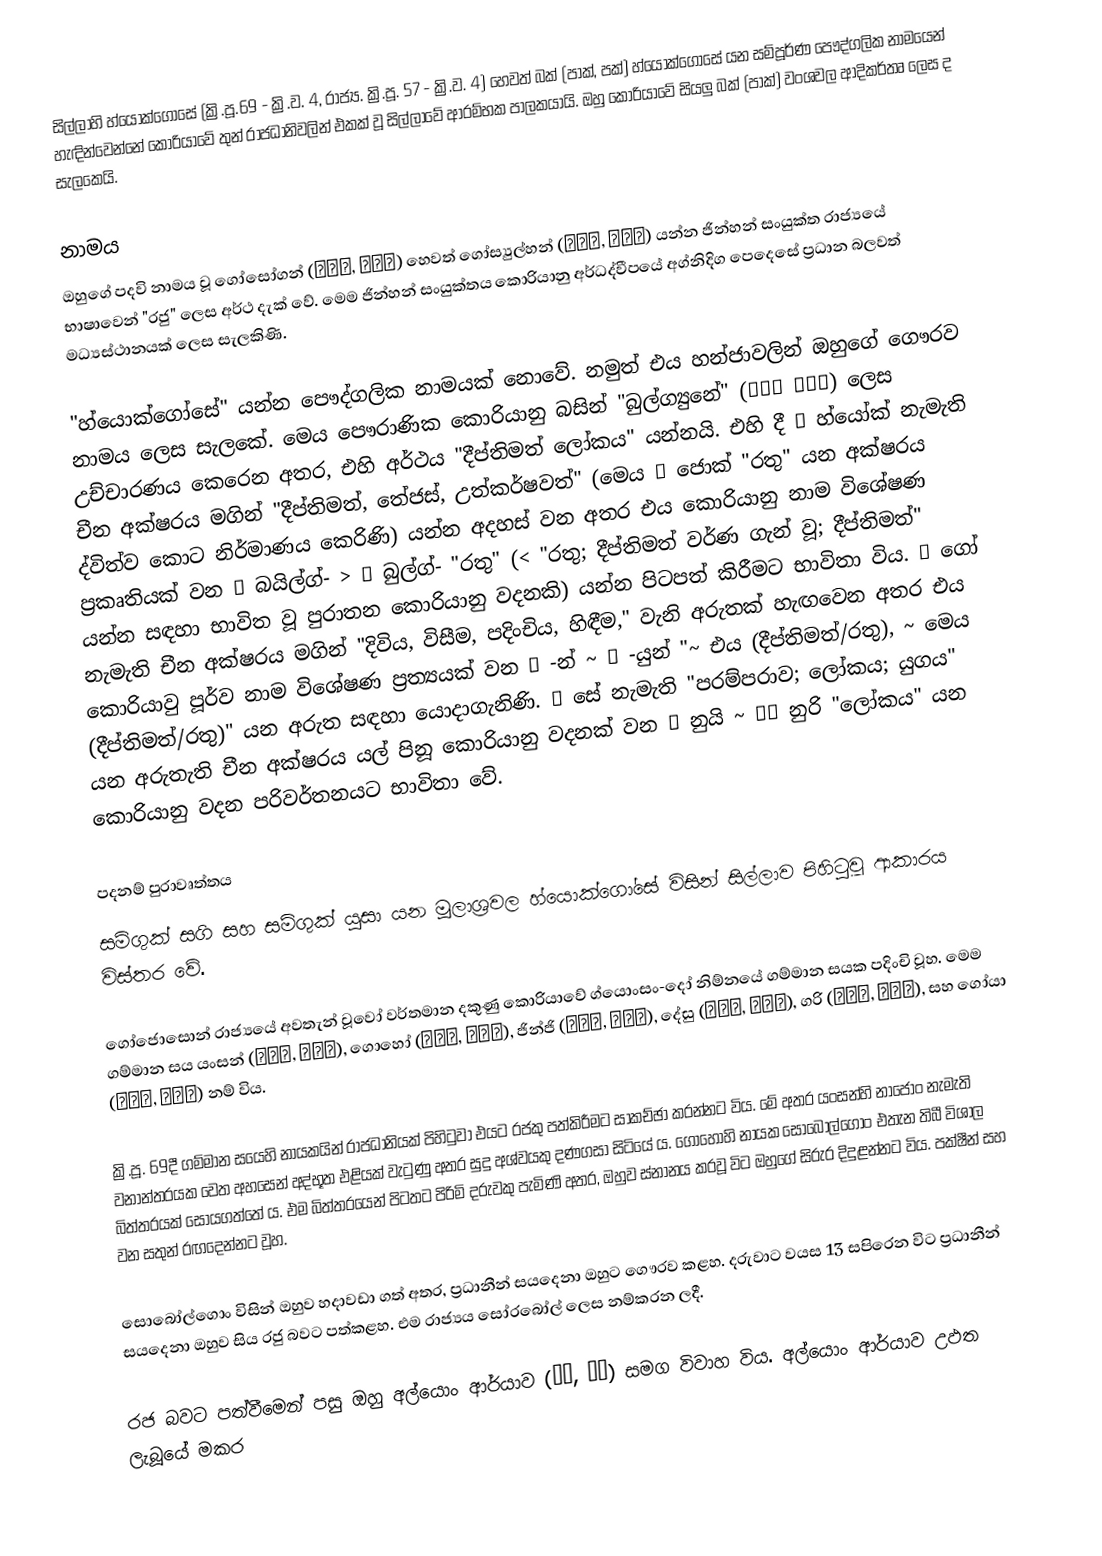
සිල්ලාහි හ්යොක්ගොසේ (ක්‍රි.පූ.69 - ක්‍රි.ව. 4, රාජ්‍ය. ක්‍රි.පූ. 57 - ක්‍රි.ව. 4) හෙවත් බක් (පාක්, පක්) හ්යෝක්ගොසේ යන සම්පූර්ණ පෞද්ගලික නාමයෙන් හැඳින්වෙන්නේ කොරියාවේ තුන් රාජධානිවලින් එකක් වූ සිල්ලාවේ ආරම්භක පාලකයායි. ඔහු කොරියාවේ සියලු බක් (පාක්) වංශවල ආදිකර්තෘ ලෙස ද සැලකෙයි.

නාමය
ඔහුගේ පදවි නාමය වූ ගෝසෝගන් (거서간, 居西干) හෙවත් ගෝස්‍යුල්හන් (거슬한, 居瑟邯) යන්න ජින්හන් සංයුක්ත රාජ්‍යයේ භාෂාවෙන් "රජු" ලෙස අර්ථ දැක් වේ. මෙම ජින්හන් සංයුක්තය කොරියානු අර්ධද්වීපයේ අග්නිදිග පෙදෙසේ ප්‍රධාන බලවත් මධ්‍යස්ථානයක් ලෙස සැලකිණි.

"හ්යොක්ගෝසේ" යන්න පෞද්ගලික නාමයක් නොවේ. නමුත් එය හන්ජාවලින් ඔහුගේ ගෞරව නාමය ලෙස සැලකේ. මෙය පෞරාණික කොරියානු බසින් "බුල්ග්‍යුනේ" (弗矩内 불그내) ලෙස උච්චාරණය කෙරෙන අතර, එහි අර්ථය "දීප්තිමත් ලෝකය" යන්නයි. එහි දී 赫 හ්යෝක් නැමැති චීන අක්ෂරය මගින් "දීප්තිමත්, තේජස්, උත්කර්ෂවත්" (මෙය 赤 ජොක් "රතු" යන අක්ෂරය ද්විත්ව කොට නිර්මාණය කෙරිණි) යන්න අදහස් වන අතර එය කොරියානු නාම විශේෂණ ප්‍රකෘතියක් වන 븕 බයිල්ග්- > 붉 බුල්ග්- "රතු" (< "රතු; දීප්තිමත් වර්ණ ගැන් වූ; දීප්තිමත්" යන්න සඳහා භාවිත වූ පුරාතන කොරියානු වදනකි) යන්න පිටපත් කිරීමට භාවිතා විය. 居 ගෝ නැමැති චීන අක්ෂරය මගින් "දිවිය, විසීම, පදිංචිය, හිඳීම," වැනි අරුතක් හැඟවෙන අතර එය කොරියාවු පූර්ව නාම විශේෂණ ප්‍රත්‍යයක් වන ㄴ -න් ~ 은 -යුන් "~ එය (දීප්තිමත්/රතු), ~ මෙය (දීප්තිමත්/රතු)" යන අරුත සඳහා යොදාගැනිණි. 世 සේ නැමැති "පරම්පරාව; ලෝකය; යුගය" යන අරුතැති චීන අක්ෂරය යල් පිනූ කොරියානු වදනක් වන 뉘 නුයි ~ 누리 නුරි "ලෝකය" යන කොරියානු වදන පරිවර්තනයට භාවිතා වේ.

පදනම් පුරාවෘත්තය
සම්ගුක් සගි සහ සම්ගුක් යුසා යන මූලාශ්‍රවල හ්යොක්ගෝසේ විසින් සිල්ලාව පිහිටුවූ ආකාරය විස්තර වේ.

ගෝජොසොන් රාජ්‍යයේ අවතැන් වූවෝ වර්තමාන දකුණු කොරියාවේ ග්යොංසං-දෝ නිම්නයේ ගම්මාන සයක පදිංචි වූහ. මෙම ගම්මාන සය යංසන් (양산촌, 楊山村), ගොහෝ (고허촌, 高墟村), ජින්ජි (진지촌, 珍支村), දේසු (대수촌, 大樹村), ගරි (가리촌, 加利村), සහ ගෝයා (고야촌, 高耶村) නම් විය.

ක්‍රි.පූ. 69දී ගම්මාන සයෙහි නායකයින් රාජධානියක් පිහිටුවා එයට රජකු පත්කිරීමට සාකච්ඡා කරන්නට විය. මේ අතර යංසන්හි නාජොං නැමැති වනාන්තරයක‍් වෙත අහසෙන් අද්භූත එළියක් වැටුණු අතර සුදු අශ්වයකු දණගසා සිටියේ ය. ගොහෝහි නායක සො‍බෝල්ගොං එතැන තිබී විශාල බිත්තරයක් සොයගත්තේ ය. එම බිත්තරයෙන් පිටතට පිරිමි දරුවකු පැමිණි අතර, ඔහුව ස්නානය කරවූ විට ඔහුගේ සිරුර දිදුළන්නට විය. පක්ෂීන් සහ වන සතුන් රඟදෙන්නට වූහ.

සොබෝල්ගොං විසින් ඔහුව හදාවඩා ගත් අතර, ප්‍රධානීන් සයදෙනා ඔහුට ගෞරව කළහ. දරුවාට වයස 13 සපිරෙන විට ප්‍රධානීන් සයදෙනා ඔහුව සිය රජු බවට පත්කළහ. එම රාජ්‍යය සෝරබෝල් ලෙස නම්කරන ලදී.

රජ බවට පත්වීමෙන් පසු ඔහු අල්යොං ආර්යාව (알영, 閼英) සමග විවාහ විය. අල්යොං ආර්යාව උඵත ලැබූයේ මකර